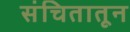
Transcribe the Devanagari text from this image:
संचितातून